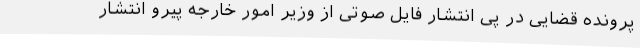
پرونده قضایی در پی انتشار فایل صوتی از وزیر امور خارجه پیرو انتشار